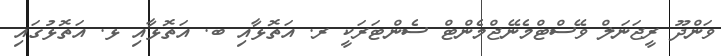
ވަންދޫ ރީޖަނަލް ވޭސްޓްމެނޭޖްމެންޓް ސެންޓަރަކީ ރ. އަތޮޅާއި ބ. އަތޮޅާއި ޅ. އަތޮޅުގައި